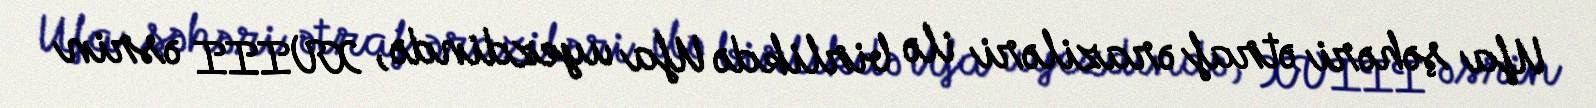
Ufa şəhəri ətraf əraziləri ilə birlikdə Ufa uyezdində, XVIII əsrin